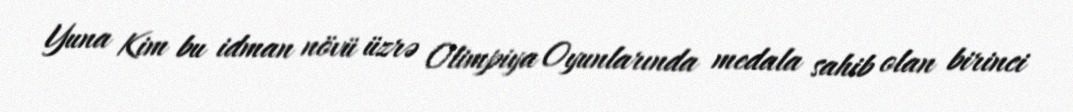
Yuna Kim bu idman növü üzrə Olimpiya Oyunlarında medala sahib olan birinci